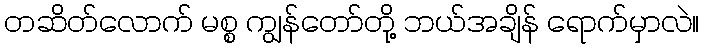
တဆိတ်လောက် မစ္စ ကျွန်တော်တို့ ဘယ်အချိန် ရောက်မှာလဲ။